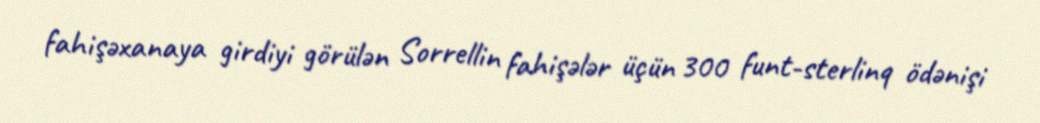
fahişəxanaya girdiyi görülən Sorrellin fahişələr üçün 300 funt-sterlinq ödənişi